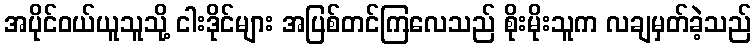
အပိုင်ဝယ်ယူသူသို့ ငါးဒိုင်များ အပြစ်တင်ကြလေသည် စိုးမိုးသူက လချမှတ်ခဲ့သည်